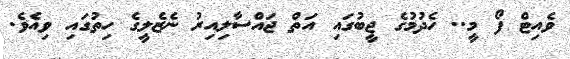
ވެއިޓް ފޯ މީ.. ހެދުމުގެ ޖީބުގައި އަތް ޖައްސާލިއިރު ނެޒެލީގެ ހިތުގައި ވިއެވެ.